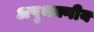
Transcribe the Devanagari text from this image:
अपृथक्णीय